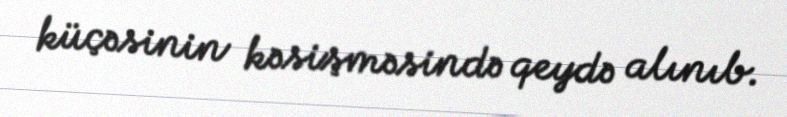
küçəsinin kəsişməsində qeydə alınıb.